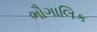
ભૌગાલિક